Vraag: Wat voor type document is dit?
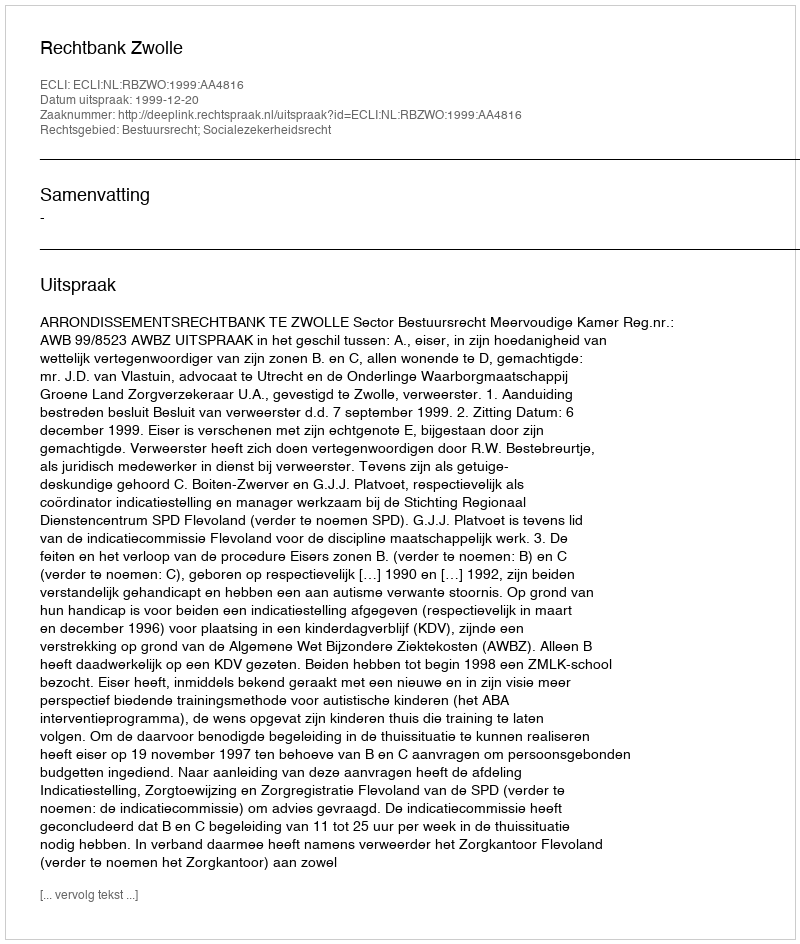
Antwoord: Uitspraak